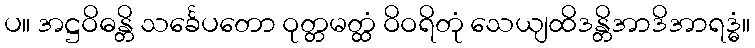
ပ။ အဋ္ဌဝိဓန္တိ သင်္ခေပတော ဝုတ္တမတ္ထံ ဝိဝရိတုံ သေယျထိဒန္တိအာဒိအာရဒ္ဓံ။